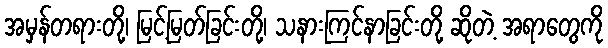
အမှန်တရားတို့၊ မြင့်မြတ်ခြင်းတို့၊ သနားကြင်နာခြင်းတို့ ဆိုတဲ့ အရာတွေကို